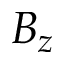
B _ { z }